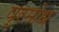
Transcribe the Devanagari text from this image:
प्रमोध